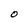
Character: O